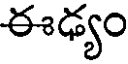
ఈఢ్యం